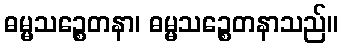
ဓမ္မသဉ္စေတနာ၊ ဓမ္မသဉ္စေတနာသည်။